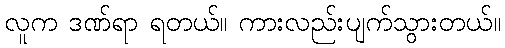
လူက ဒဏ်ရာ ရတယ်။ ကားလည်းပျက်သွားတယ်။